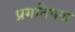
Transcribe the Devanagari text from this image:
प्रगतिपथ